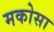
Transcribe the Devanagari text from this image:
मकोसा